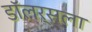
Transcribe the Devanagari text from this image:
डॉलर्सला